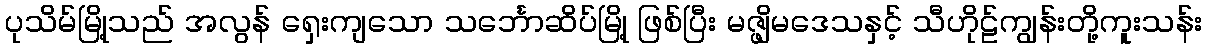
ပုသိမ်မြို့သည် အလွန် ရှေးကျသော သင်္ဘောဆိပ်မြို့ ဖြစ်ပြီး မဇ္ဖျိမဒေသနှင့် သီဟိုဠ်ကျွန်းတို့ကူးသန်း